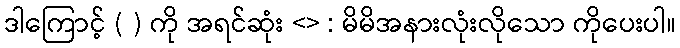
ဒါကြောင့် ( ) ကို အရင်ဆုံး <> : မိမိအနားလုံးလိုသော ကိုပေးပါ။